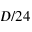
D / 2 4